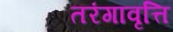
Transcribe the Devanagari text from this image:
तरंगावृत्ति